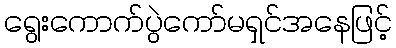
ရွေးကောက်ပွဲကော်မရှင်အနေဖြင့်